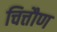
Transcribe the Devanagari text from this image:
चित्तौण